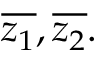
{ \overline { { z _ { 1 } } } } , { \overline { { z _ { 2 } } } } .